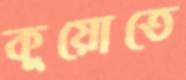
কুয়োতে